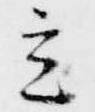
立